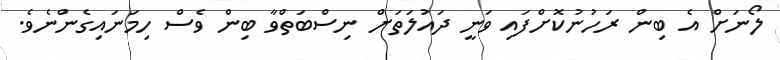
ލޯނަށް އެ ބިން ރަހުނުކޮށްފައި ވަނީ ދައުލަތަށް ނިސްބަތްވާ ބިން ވެސް ހިމަނައިގެންނެވެ.